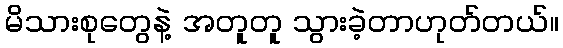
မိသားစုတွေနဲ့ အတူတူ သွားခဲ့တာဟုတ်တယ်။